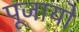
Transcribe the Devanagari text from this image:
पूजायो